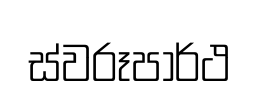
ස්වරූපාර්ථ